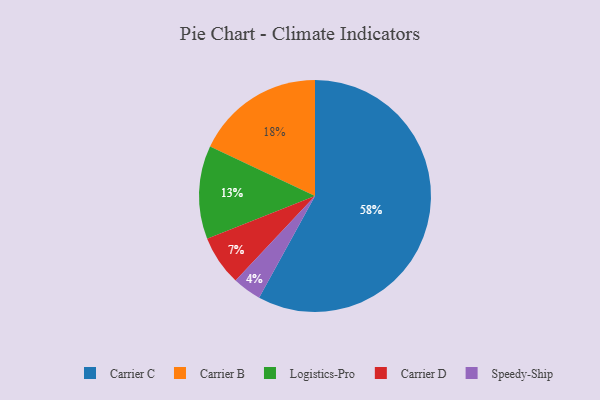
{"axis": {"x": "Category", "y": "Percentage"}, "legend": ["Carrier B", "Carrier C", "Carrier D", "Logistics-Pro", "Speedy-Ship"], "data": [{"x": "Logistics-Pro", "y": 13, "type": "Logistics-Pro"}, {"x": "Speedy-Ship", "y": 4, "type": "Speedy-Ship"}, {"x": "Carrier C", "y": 58, "type": "Carrier C"}, {"x": "Carrier B", "y": 18, "type": "Carrier B"}, {"x": "Carrier D", "y": 7, "type": "Carrier D"}]}